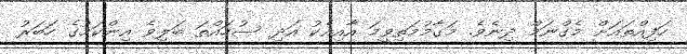
ހަފިއްތައަށް މެގްނަމް ދިނެވެ. މަގާމުމަތިވީމަ އާއިއެކު އަދި ސުހައްތަ ބަލިވެ އިންކަމުގެ ހަބަރު